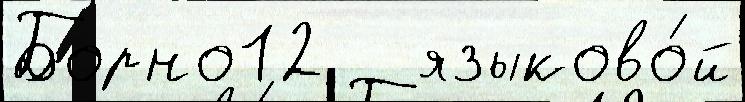
Борно12   языково́й